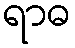
ရာဓ